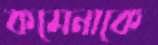
কমেনাকে